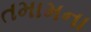
તમામના